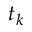
t _ { k }